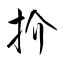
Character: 扴